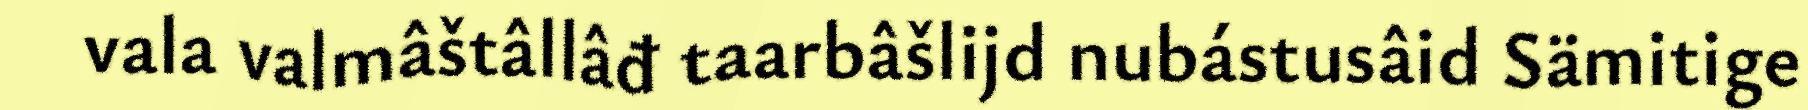
vala valmâštâllâđ taarbâšlijd nubástusâid Sämitige